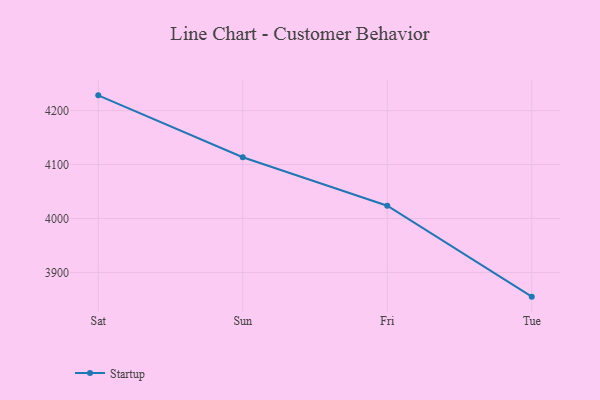
{"axis": {"x": "Day", "y": "Operating Costs (USD K)"}, "legend": ["Startup"], "data": [{"x": "Sat", "y": 4228.3, "type": "Startup"}, {"x": "Sun", "y": 4113.5, "type": "Startup"}, {"x": "Fri", "y": 4023.7, "type": "Startup"}, {"x": "Tue", "y": 3855.1, "type": "Startup"}]}